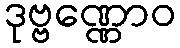
ဒုဗ္ဗဏ္ဏောဝ